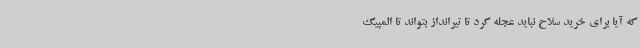
که آیا برای خرید سلاح نباید عجله کرد تا تیرانداز بتواند تا المپیک